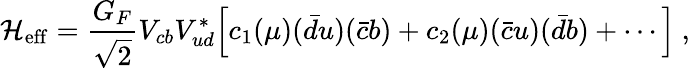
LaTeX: {\cal H}_{\mathrm{eff}}=\frac{G_{F}}{\sqrt{2}}V_{cb}V_{ud}^{*}\Big[c_{1}(\mu)({\bar{d}}u)({\bar{c}}b)+c_{2}(\mu)({\bar{c}}u)({\bar{d}}b)+\cdots\Big]~,